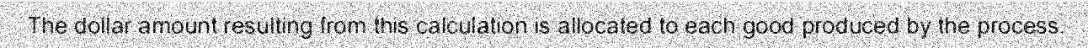
The dollar amount resulting from this calculation is allocated to each good produced by the process.